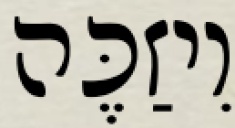
וִיזַכֶּה